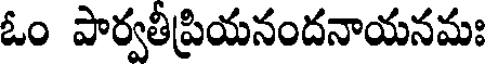
ఓం పార్వతీప్రియనందనాయనమః